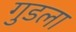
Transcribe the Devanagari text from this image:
गुडला